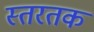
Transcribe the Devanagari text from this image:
स्तरतक